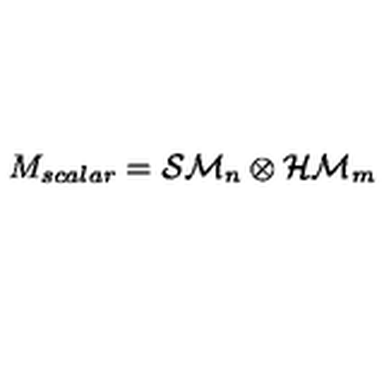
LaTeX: M _ { s c a l a r } = { \cal S M } _ { n } \otimes { \cal H M } _ { m }